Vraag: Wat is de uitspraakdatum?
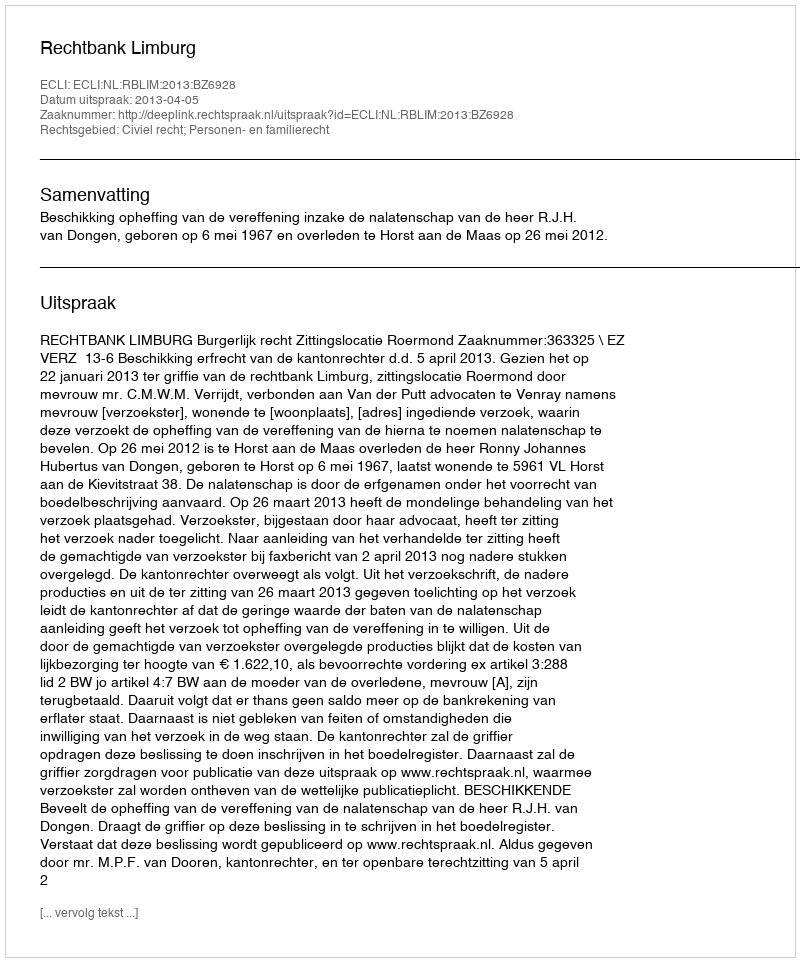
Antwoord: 2013-04-05